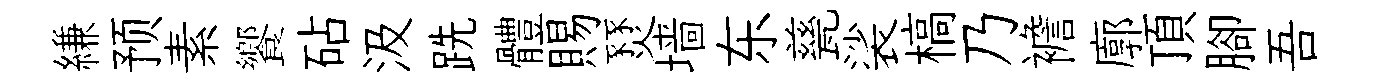
縑预素饗砧汲跣體賜燹墙东甆裟槁乃襜廓頂腳吾